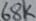
Text: 68K